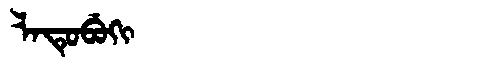
Manchu: ᠯᠠᡨᡠᠪᡠᡴᡳ
Romanization: LATUBUKI